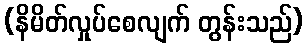
(နိမိတ်လှုပ်စေလျက် တွန်းသည်)